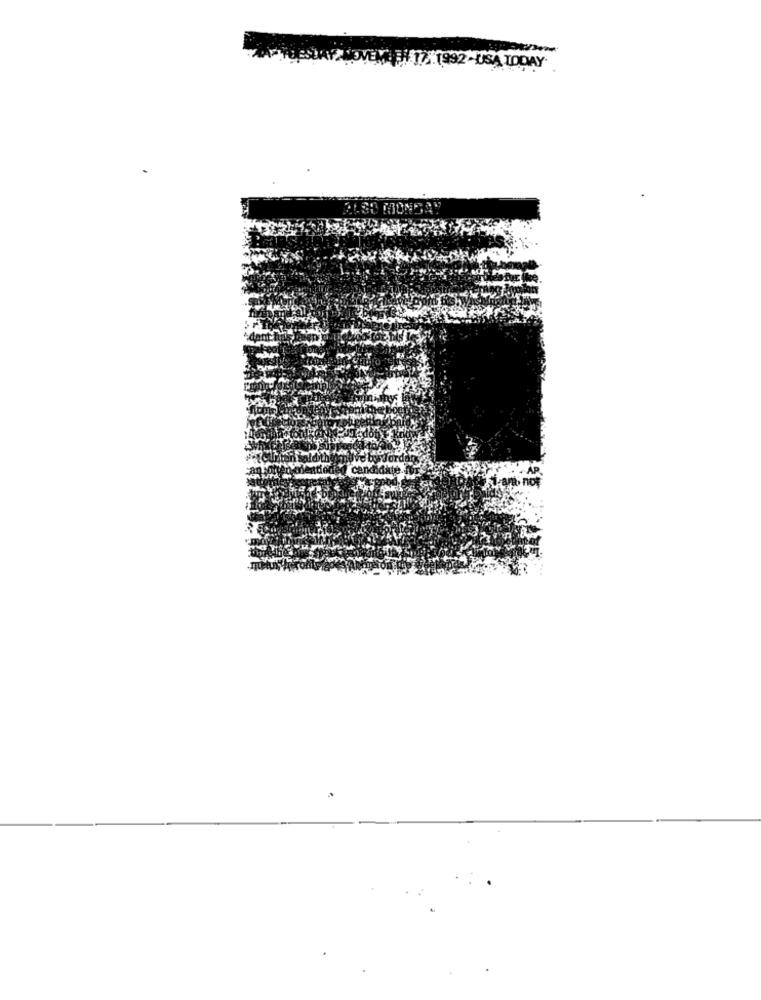
-
FAILOVER PI 17.1992- USA TODAY